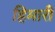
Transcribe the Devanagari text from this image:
हिमारी